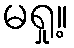
မရှု့။